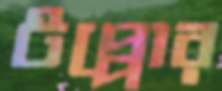
টপ্পোর